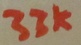
Text: 33K